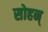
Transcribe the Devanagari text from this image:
सोहन्